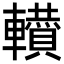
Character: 𨏘